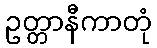
ဥတ္တာနီကာတုံ